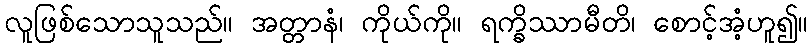
လူဖြစ်သောသူသည်။ အတ္တာနံ၊ ကိုယ်ကို။ ရက္ခိဿာမီတိ၊ စောင့်အံ့ဟူ၍။